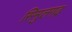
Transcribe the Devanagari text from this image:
सिमुलगढ़